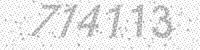
Solution: 714113